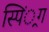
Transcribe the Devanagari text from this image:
स्पिं्रग